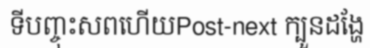
ទីបញ្ចុះសពហើយPost-next ក្បួនដង្ហែ